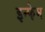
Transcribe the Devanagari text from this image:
इन्फेम